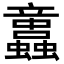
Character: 𧕢